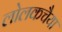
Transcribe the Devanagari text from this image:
लोलकचैया